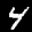
Label: 4